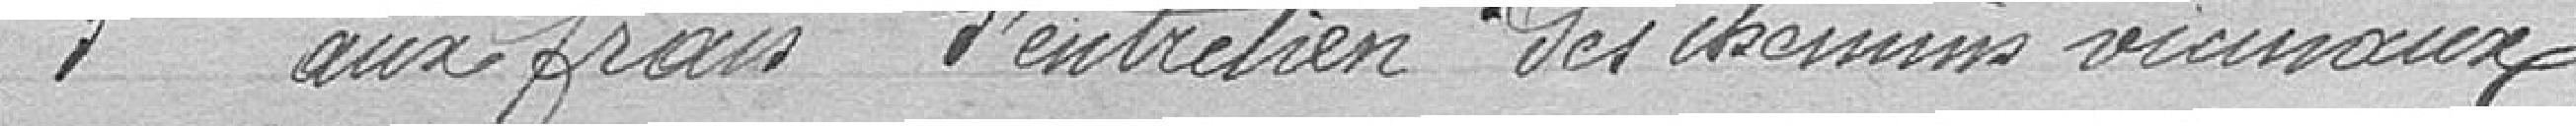
3° aux frais d'entretien des chemins vicinaux